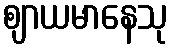
ဈာယမာနေသု